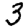
Digit: 3